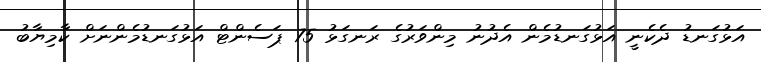
އަޅުގަނޑު ދެކެނީ އަޅުގަނޑުމެން އެދުނު މިންވަރުގެ ރަނގަޅު 75 ޕަސެންޓް އަޅުގަނޑުމެންނަށް ކާމިޔާބު